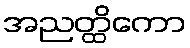
အညတ္ထိကော